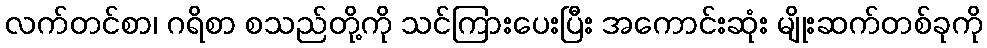
လက်တင်စာ၊ ဂရိစာ စသည်တို့ကို သင်ကြားပေးပြီး အကောင်းဆုံး မျိုးဆက်တစ်ခုကို